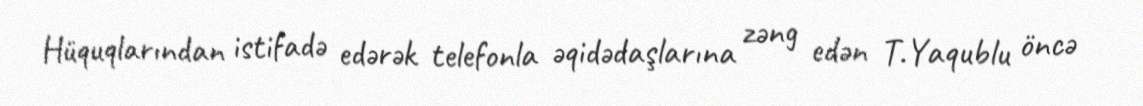
Hüquqlarından istifadə edərək telefonla əqidədaşlarına zəng edən T.Yaqublu öncə